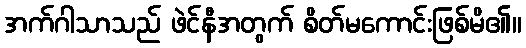
အက်ဂါသာသည် ဖဲင်နီအတွက် စိတ်မကောင်းဖြစ်မိ၏။